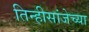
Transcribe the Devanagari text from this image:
तिन्हीसांजेच्या